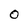
Character: 0